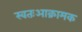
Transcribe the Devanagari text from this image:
स्वतःआक्रामक